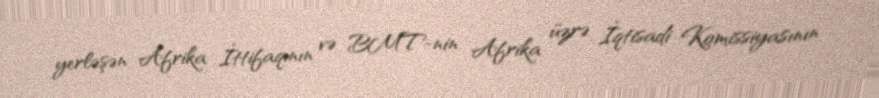
yerləşən Afrika İttifaqının və BMT-nin Afrika üzrə İqtisadi Komissiyasının